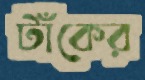
টাঁকের